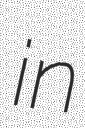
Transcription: in